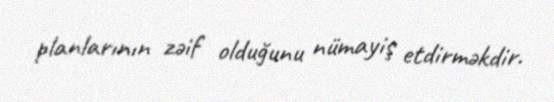
planlarının zəif olduğunu nümayiş etdirməkdir.